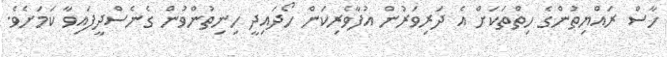
ހާސް ރައްޔިތުންގެ ހިތްތަކަށް އެ ދަރިވަރުން އުފާވެރިކަން ހޯދައިދީ ހިނިތުންވުން ގެނެސްދީފައިވާ ކަމަށެވެ.